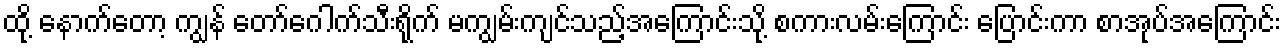
ထို့ နောက်တော့ ကျွန် တော်ဂေါက်သီးရိုက် မကျွမ်းကျင်သည့်အကြောင်းသို့ စကားလမ်းကြောင်း ပြောင်းကာ စာအုပ်အကြောင်း